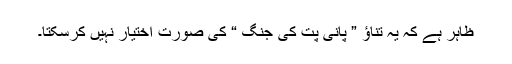
ظاہر ہے کہ یہ تناﺅ ” پانی پت کی جنگ “ کی صورت اختیار نہیں کرسکتا۔